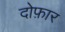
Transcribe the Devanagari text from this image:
दोफ़ार